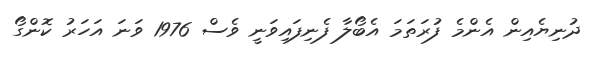
ދުނިޔެއިން އެންމެ ފުރަތަމަ އެބޯލާ ފެނިފައިވަނީ ވެސް 1976 ވަނަ އަހަރު ކޮންގޯ